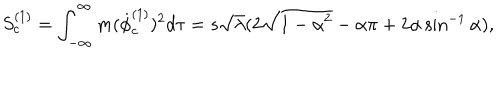
LaTeX: S _ { c } ^ { ( 1 ) } = \int _ { - \infty } ^ { \infty } m ( { \dot { \phi } } _ { c } ^ { ( 1 ) } ) ^ { 2 } d \tau = s \sqrt \lambda ( 2 \sqrt { 1 - \alpha ^ { 2 } } - \alpha \pi + 2 \alpha \sin ^ { - 1 } \alpha ) ,